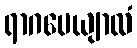
ရာဂပေယျာလံ